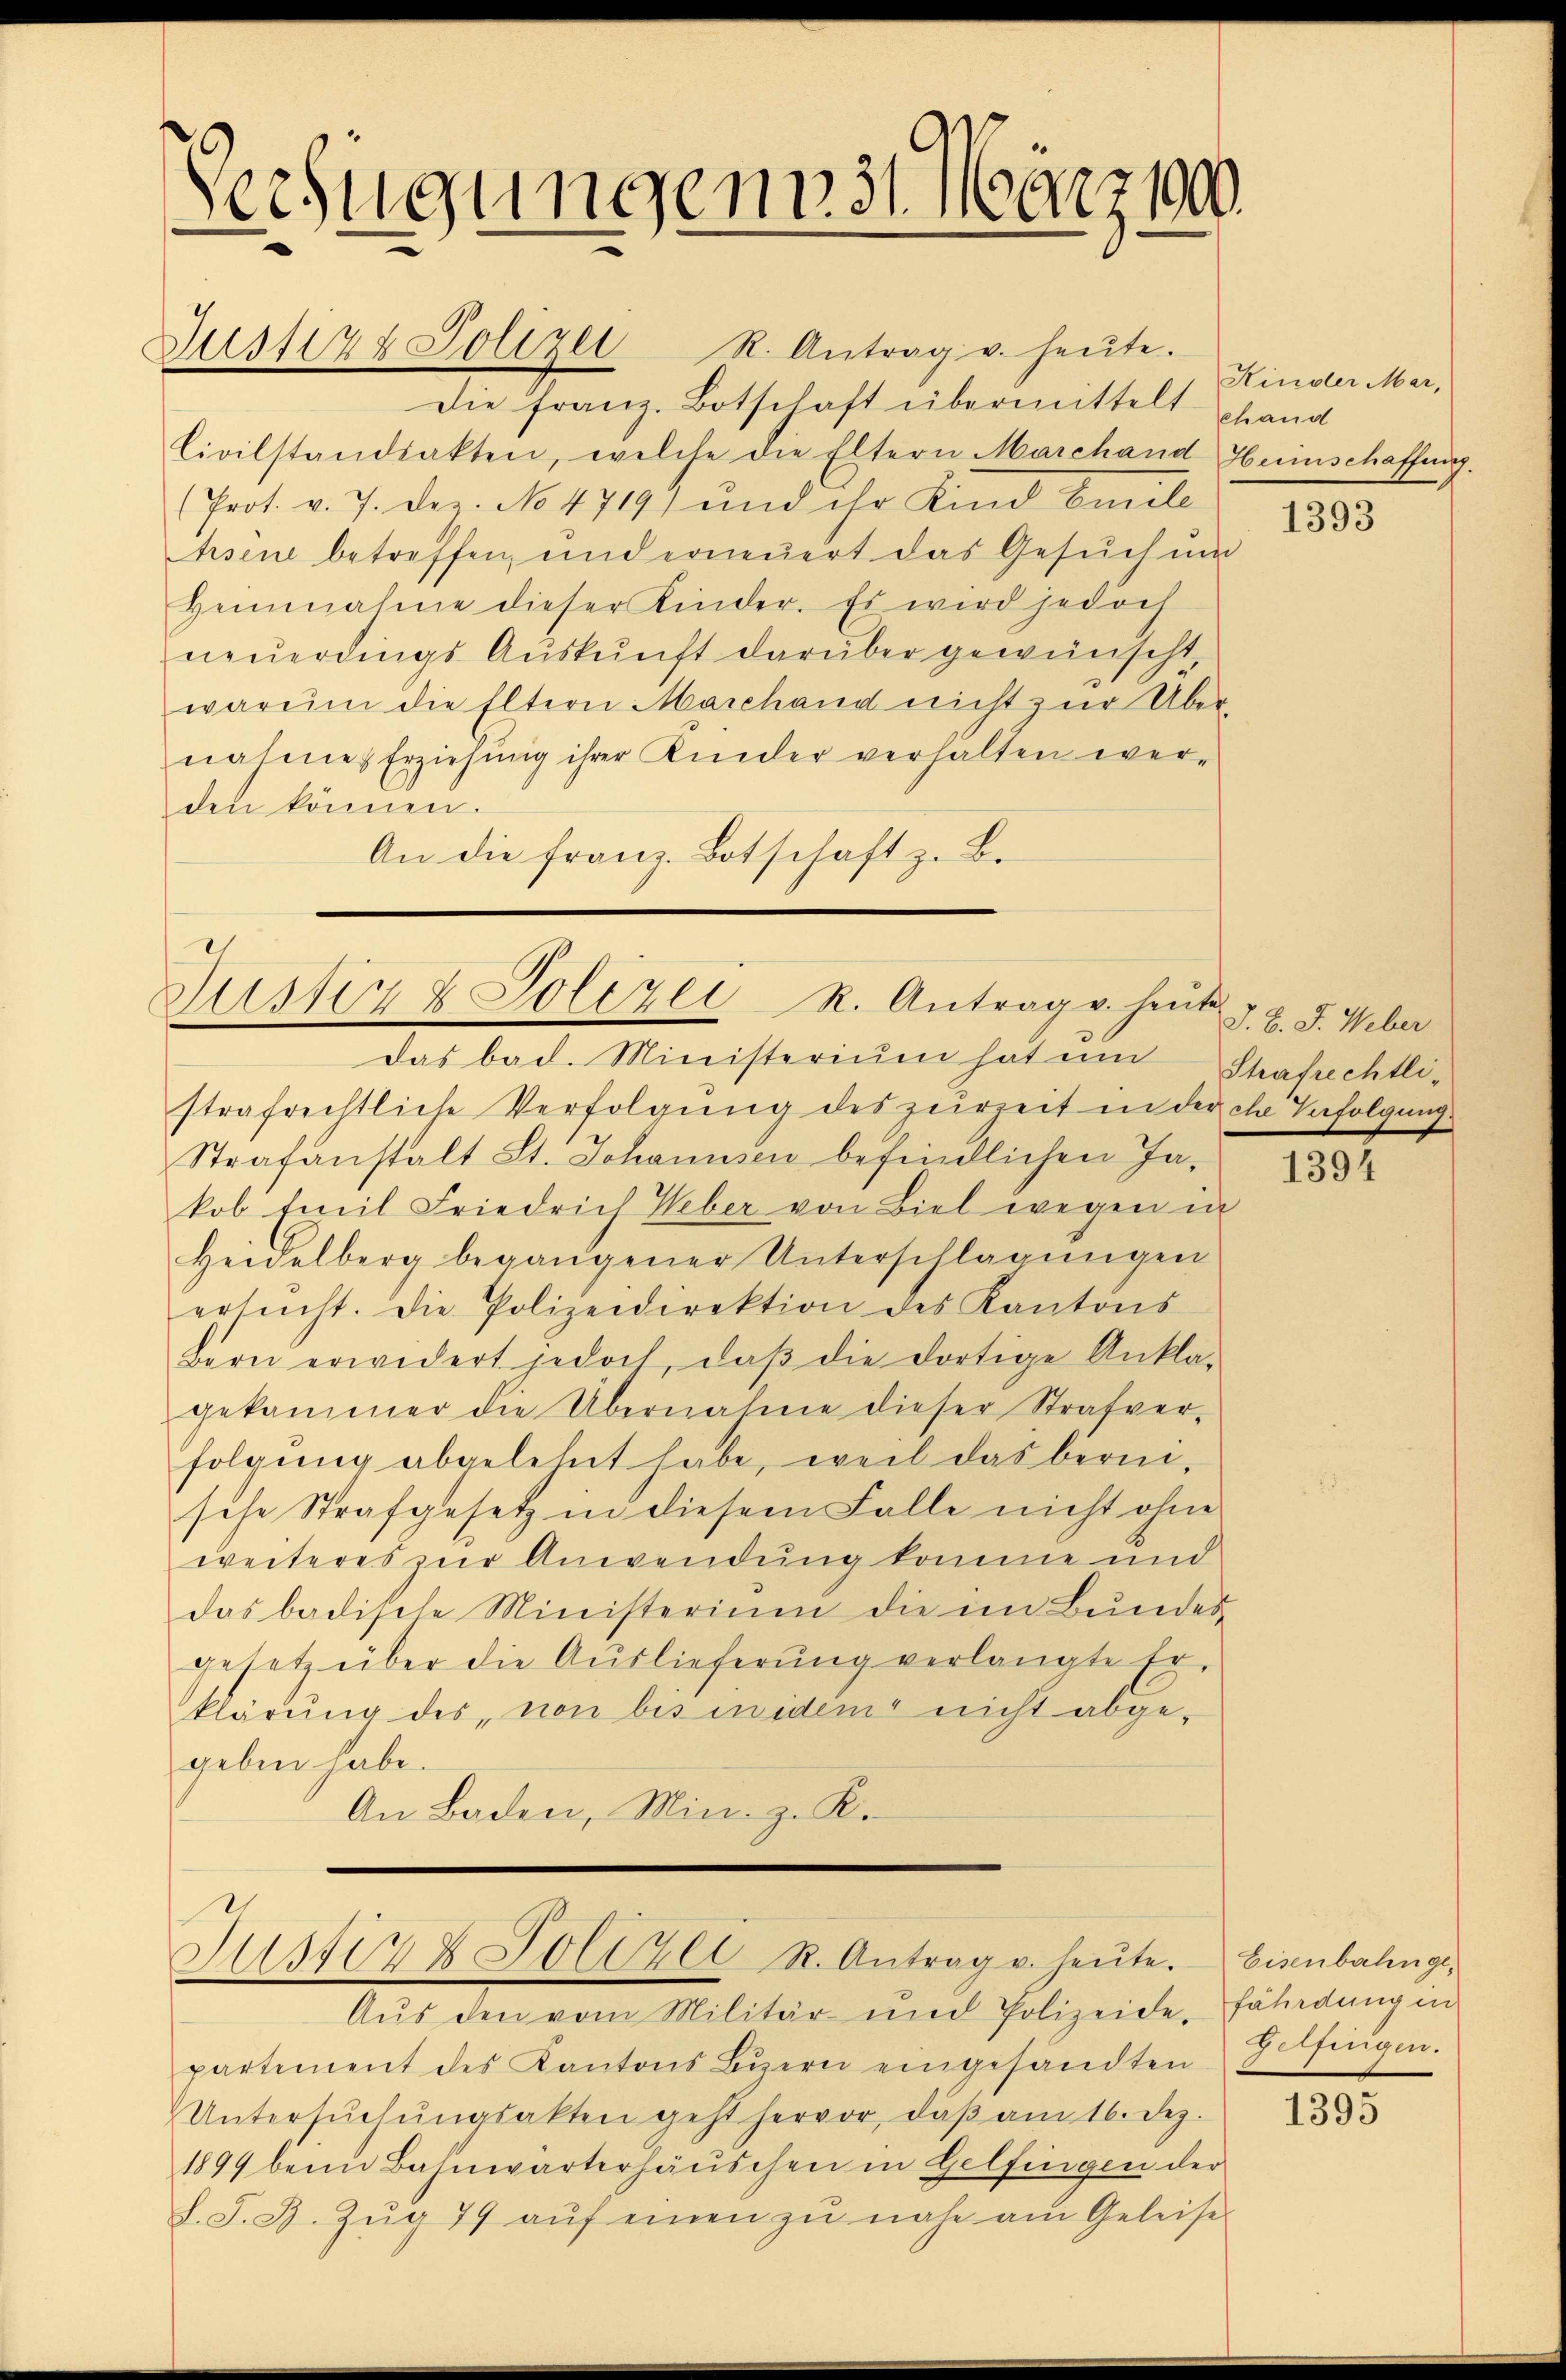
Verfügungen 31. März 100.

Justiz & Polizei R. Antrag v. heut

Justiz & Polizei R. Antrag v. heŭte.
Die franz. Botschaft übermittelt hand
Civilstandiakten, welche die Eltern Marchand Herinschaffung.
Prot. v. 7. Dez. No 4719) und ihr Kind Emile
hsen betreffen, und erneuert das Gesuch und
Heinnahme dieser Kinder. Es wird jedoch
neŭerdings Aŭskŭnft darüber gewünscht
warum die Eltern Marchand nicht zur Übernahme Erziehŭng ihrer Kinder verhalten wer-
den können.
An die Franz. Botschaft z. B.

Justiz & Polizei R. Antrag v. heŭte.

Das bad. Ministerium hat um Shafrechtli-
strafrechtliche Verfolgung des zurzeit in der che Verfolgung
Strafanstalt St. Johannsen befindlichen Jakob Emil Friedrich Weber von Biel wegen in
Heidelberg begangener Unterschlagungen
ersucht. Die Polizeidirektion des Kantons
bern erwidert jedoch, daβ die dortige Ankla-
gekammer die Übernahme dieser Strafver-
folgung abgelehnt habe, weil das bereische Strafgesetz in diesem Falle nicht ohne
weiteres zur Anwendung komme und
das badische Ministerium die im Bundes-
gesetz über die Auslieferŭng verlangte Er-
klärung des, non bis inidem nicht abge-
geben habe.
An Baden, Min. z. K.

Aŭs den vom Militär und Polizeide, fährdung in
partement des Kantons Bern eingesandten
Untersŭchŭngsakten geht hervor, daβ am 16. Dez.
1899 beim Bahnwärterhäŭschen in Gelfingen der
h. F. B. Zŭg 79 aŭf einen zŭ nahe am Geleise

Kinder Mar,

1393

J. B. J. Weber

1394

Eisenbahnge¬
Gelfingen.

1395